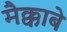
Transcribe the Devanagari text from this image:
मैक्काबे